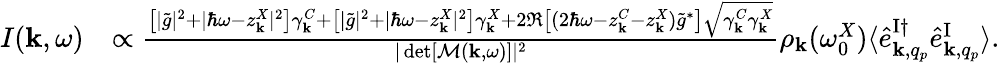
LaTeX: \begin{array}{rl}{I({\mathbf k},\omega)}&{\propto\frac{\left[|\tilde{g}|^{2}+|\hbar\omega-z_{\mathbf k}^{X}|^{2}\right]\gamma_{\mathbf k}^{C}+\left[|\tilde{g}|^{2}+|\hbar\omega-z_{\mathbf k}^{X}|^{2}\right]\gamma_{\mathbf k}^{X}+2\Re\left[(2\hbar\omega-z_{\mathbf k}^{C}-z_{\mathbf k}^{X})\tilde{g}^{*}\right]\sqrt{\gamma_{\mathbf k}^{C}\gamma_{\mathbf k}^{X}}}{|\operatorname*{det}[\mathcal{M}({\mathbf k},\omega)]|^{2}}\rho_{{\mathbf k}}(\omega_{0}^{X})\langle\hat{e}_{{\mathbf k},q_{p}}^{\mathrm{I}\dagger}\hat{e}_{{\mathbf k},q_{p}}^{\mathrm{I}}\rangle.}\end{array}